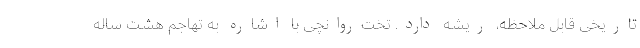
تاریخی قابل ملاحظه، ریشه دارد. تخت‌روانچی با اشاره به تهاجم هشت‌ ساله